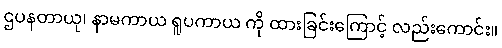
ဌပနတာယု၊ နာမကာယ ရူပကာယ ကို ထားခြင်းကြောင့် လည်းကောင်း။